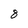
Character: 8